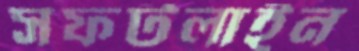
সফটলাইন